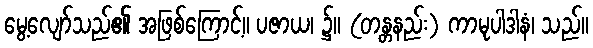
မွေ့လျော်သည်၏ အဖြစ်ကြောင့်။ ပဇာယ၊ ၌။ (တန္တနည်း) ကာမုပါဒါနံ၊ သည်။